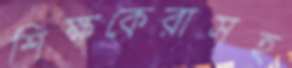
শিক্ষকেরাসহ